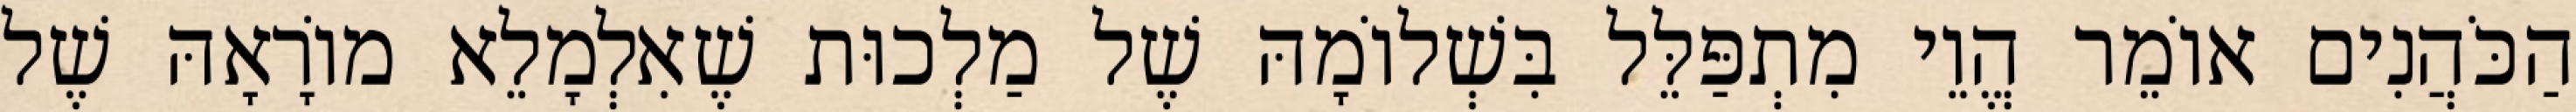
הַכֹּהֲנִים אוֹמֵר הֱוֵי מִתְפַּלֵּל בִּשְׁלוֹמָהּ שֶׁל מַלְכוּת שֶׁאִלְמָלֵא מוֹרָאָהּ שֶׁל